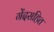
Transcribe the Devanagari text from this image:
गेंदसहित